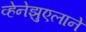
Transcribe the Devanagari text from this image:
व्हेनेझुएलाने